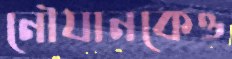
নৌযানকেও